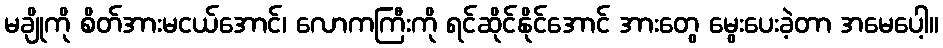
မချိုကို စိတ်အားမငယ်အောင်၊ လောကကြီးကို ရင်ဆိုင်နိုင်အောင် အားတွေ မွေးပေးခဲ့တာ အမေပေါ့။